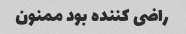
راضی کننده بود ممنون